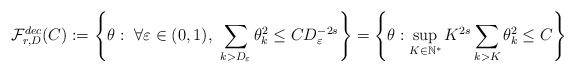
LaTeX: \begin{align*}\mathcal{F}^{dec}_{r,D}(C):=\left\{\theta: \ \forall \varepsilon \in (0,1), \ \sum_{k>D_\varepsilon}\theta_k^2\leq CD_\varepsilon^{-2s}\right\}=\left\{\theta:\sup_{K\in \mathbb{N}^*} K^{2s}\sum_{k>K}\theta_k^2\leq C\right\}\end{align*}